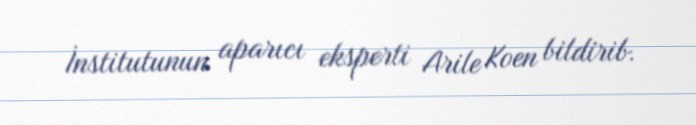
İnstitutunun aparıcı eksperti Arile Koen bildirib.